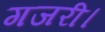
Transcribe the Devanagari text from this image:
गजरी।